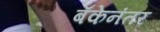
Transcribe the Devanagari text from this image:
बँकेनंतर